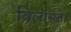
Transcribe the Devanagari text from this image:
विलासता